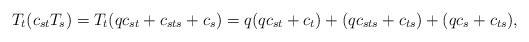
LaTeX: \begin{align*}T_t(c_{st}T_s)=T_t(qc_{st}+c_{sts}+c_s)=q(qc_{st}+c_t)+(qc_{sts}+c_{ts})+(qc_s+c_{ts}),\end{align*}